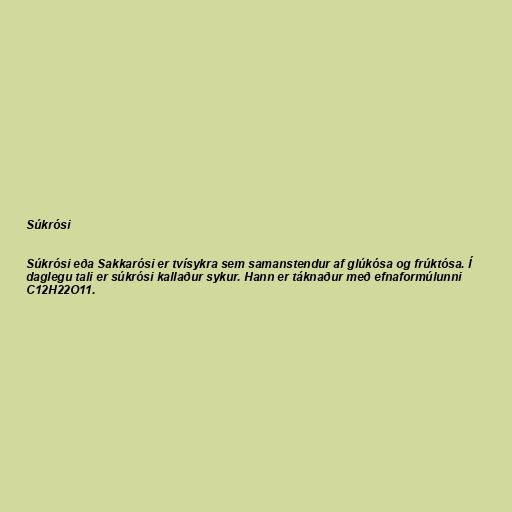
Súkrósi

Súkrósi eða Sakkarósi er tvísykra sem samanstendur af glúkósa og frúktósa. Í
daglegu tali er súkrósi kallaður sykur. Hann er táknaður með efnaformúlunni
C12H22O11.